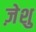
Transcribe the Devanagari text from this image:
ज़ेशु